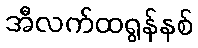
အီလက်ထရွန်နစ်